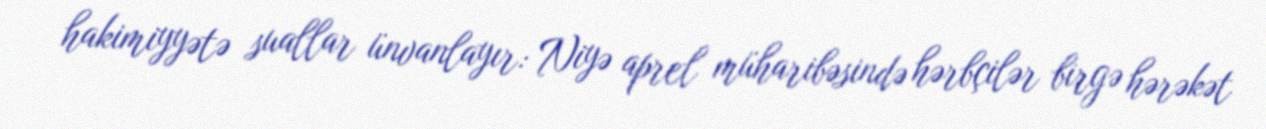
hakimiyyətə suallar ünvanlayır: Niyə aprel müharibəsində hərbçilər birgə hərəkət